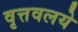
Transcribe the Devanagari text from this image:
वृत्तवलये